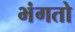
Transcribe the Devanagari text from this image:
भंगतो